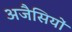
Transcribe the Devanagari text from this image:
अजैसियों